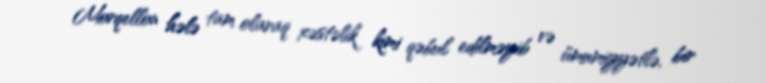
Morqellon hələ tam olaraq xəstəlik kimi qəbul edilməyib və ümumiyyətlə, bir